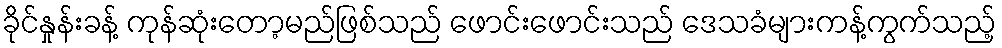
ခိုင်နှုန်းခန့် ကုန်ဆုံးတော့မည်ဖြစ်သည် ဖောင်းဖောင်းသည် ဒေသခံများကန့်ကွက်သည့်